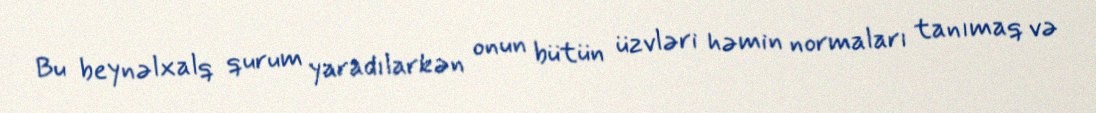
Bu beynəlxalq qurum yaradılarkən onun bütün üzvləri həmin normaları tanımaq və